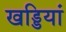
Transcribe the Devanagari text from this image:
खड्डियां